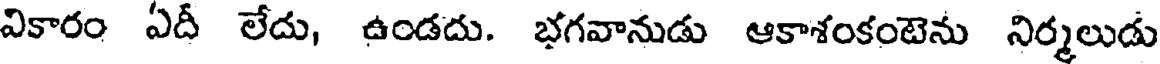
వికారం ఏదీ లేదు, ఉండదు. భగవానుడు ఆకాశంకంటెను నిర్మలుడు